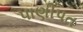
પાણીપત